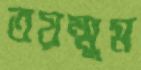
তয়ম্মুম